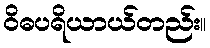
ဝိဓပရိယာယ်တည်း။